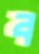
ব